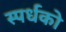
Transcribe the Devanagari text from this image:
स्पर्धको